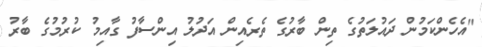
"އެހެންކަމުން ދައުލަތުގެ ތިން ބާރުގެ ތެރެއިން އަދުލު އިންސާފު ގާއިމު ކުރުމުގެ ބާރު